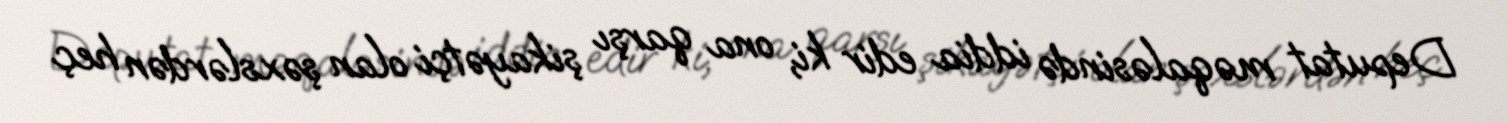
Deputat məqaləsində iddia edir ki, ona qarşı şikayətçi olan şəxslərdən heç